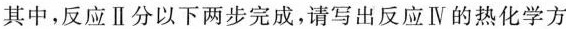
其中，反应Ⅱ分以下两步完成，请写出反应Ⅳ的热化学方